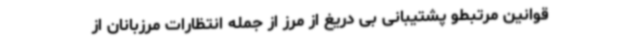
قوانین مرتبطو پشتیبانی بی دریغ از مرز از جمله انتظارات مرزبانان از